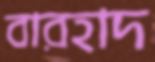
বারহাদ